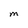
Character: M